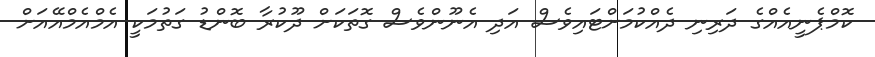
ކޮމްޕެނީއެއްގެ ދަރިނި ދެއްކުމަށްޓައިވެސް އަދި އެނޫންވެސް ގޮތަކަށް ދޫކުރާ ބޮންޑު ގަތުމަކީ އެމްއެމްއޭއަށް